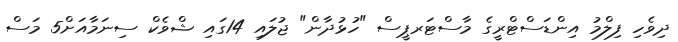
ދިވެހި ފިލްމު އިންޑަސްޓްރީގެ މާސްޓަރޕީސް "ހުޅުދާން" ޖުލައި 14ގައި ޝްވެކް ސިނަމާއަށް5 މަސް